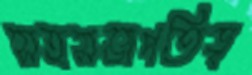
সহসভাপতিত্ব